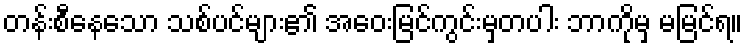
တန်းစီနေသော သစ်ပင်များ၏ အဝေးမြင်ကွင်းမှတပါး ဘာကိုမှ မမြင်ရ။